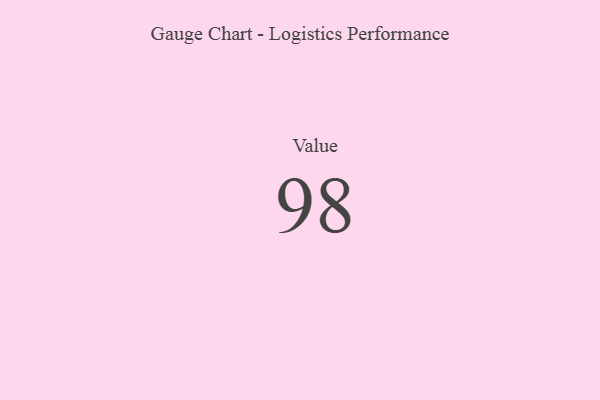
{"axis": {"x": "Metric", "y": "Value"}, "legend": [""], "data": [{"x": "Value", "y": 98, "type": ""}]}